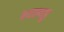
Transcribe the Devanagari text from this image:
वयल्पाडु